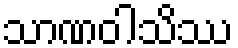
သာဏဝါသိဿ